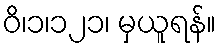
ဝိ၊၁၊၁၂၁၊ မှယူရန်။